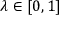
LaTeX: \lambda \in [ 0 , 1 ]